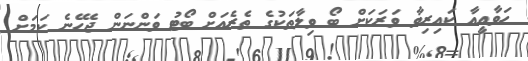
ހަވާއީއާ ކައިރިވާ ވަރަކަށް ބޯ ވިލާތަކުގެ ތެރެއަށް ބޯޓު ވަންނަން ޖެހޭނެ ކަމަށް